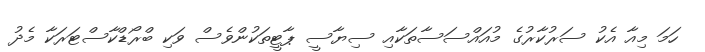
ހަމަ މިއާ އެކު ސަރުކާރުގެ މުއައްސަސާތަކާއި ސިޔާސީ ޕާޓީތަކުންވެސް ވަކި ބްރޯޑްކާސްޓަރަކާ މެދު